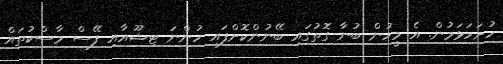
ހުށަހަޅަމުން. އެ މީހުން ބުނާ ގޮތުގައި ބޭނުންކޮށްފައި ހުންނަ ޓިޝޫއާއި ފޭސް މާސްކުތައް